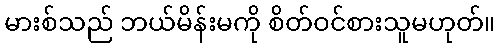
မားစ်သည် ဘယ်မိန်းမကို စိတ်ဝင်စားသူမဟုတ်။